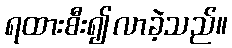
ရထားစီး၍လာခဲ့သည်။